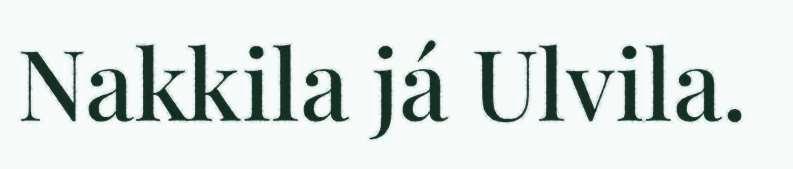
Nakkila já Ulvila.